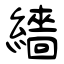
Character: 繬